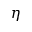
\eta